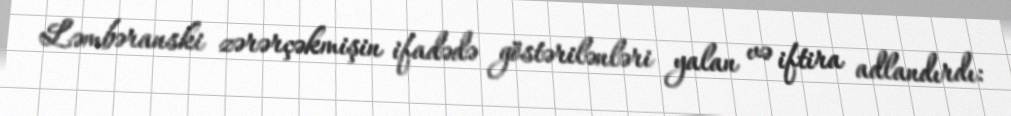
Ləmbəranski zərərçəkmişin ifadədə göstərilənləri yalan və iftira adlandırdı: